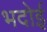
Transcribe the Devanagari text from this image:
भदोई